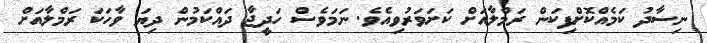
ނިސާދު ކަމެއްކޮށްފިކަން ރަމްލާއަށް ކަށަވަރުވިއެވެ. ނަމަވެސް ހަދީޖާ ދައްކަމުން ދިޔަ ވާހަކަ ރަމްލާއަށް